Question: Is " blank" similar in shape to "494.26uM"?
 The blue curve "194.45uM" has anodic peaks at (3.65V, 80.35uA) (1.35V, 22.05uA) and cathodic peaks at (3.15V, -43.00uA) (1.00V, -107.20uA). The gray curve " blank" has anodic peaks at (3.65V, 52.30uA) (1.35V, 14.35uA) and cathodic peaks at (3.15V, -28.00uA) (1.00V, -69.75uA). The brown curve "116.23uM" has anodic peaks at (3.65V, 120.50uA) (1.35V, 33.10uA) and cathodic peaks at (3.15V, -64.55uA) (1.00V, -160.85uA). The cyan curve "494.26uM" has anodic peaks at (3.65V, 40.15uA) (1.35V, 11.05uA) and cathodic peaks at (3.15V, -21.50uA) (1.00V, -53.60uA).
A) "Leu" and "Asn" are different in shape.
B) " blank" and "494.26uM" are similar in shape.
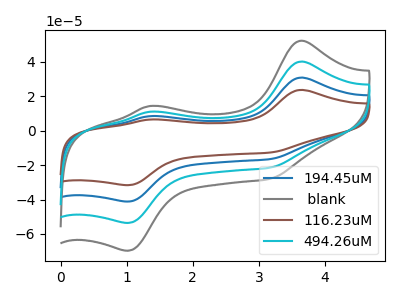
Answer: <think>All the peaks in " blank" have a peak in "494.26uM" at the same potential. Every peak in " blank" is higher than every peak in "494.26uM".
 </think>
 <answer>B) " blank" and "494.26uM" are similar in shape.</answer>
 <eval>B</eval>